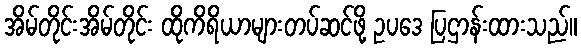
အိမ်တိုင်းအိမ်တိုင်း ထိုကိရိယာများတပ်ဆင်ဖို့ ဥပဒေ ပြဌာန်းထားသည်။